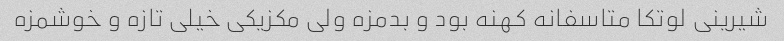
شیرینی لوتکا متاسفانه کهنه بود و بدمزه ولی مکزیکی خیلی تازه و خوشمزه